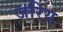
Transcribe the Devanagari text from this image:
जरिय